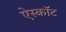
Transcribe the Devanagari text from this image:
ऐस्कॉट